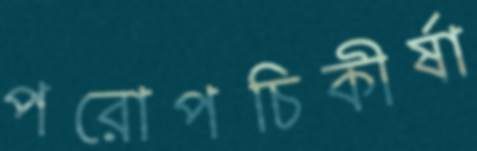
পরোপচিকীর্ষা